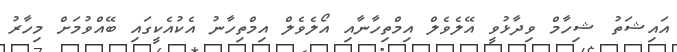
އައިޝަތު ޝިހާމް ވިދާޅުވީ އޭލެވެލް އިމްތިހާނާއި އޯލެވެލް އިމްތިހާނު އެކުއެކީގައި ބޭއްވުމަށް މިހާރު